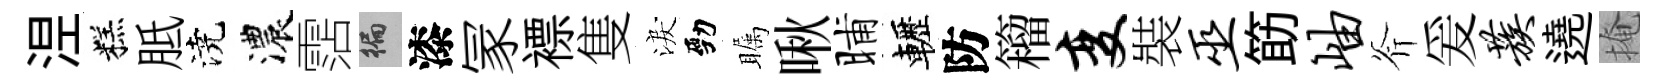
𣵀糕胝澆濃霑徧漆冡褾隻淚勁瞩啾晡轣防籕变裝巫筯岫斧爰蔟遶掩